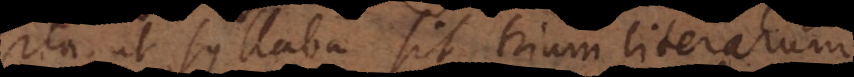
ita ut syllaba sit trium literarum,